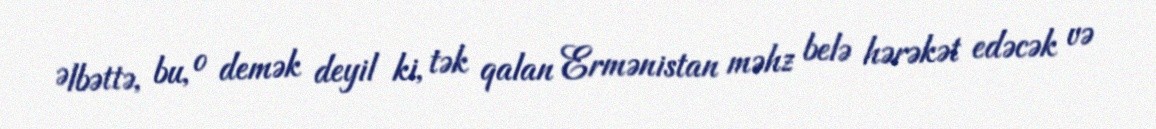
Əlbəttə, bu, o demək deyil ki, tək qalan Ermənistan məhz belə hərəkət edəcək və